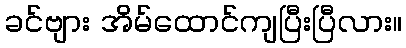
ခင်ဗျား အိမ်ထောင်ကျပြီးပြီလား။